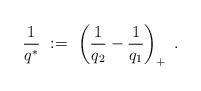
\begin{align*}\frac{1}{q^\ast} \ := \ \left(\frac{1}{q_2} - \frac{1}{q_1}\right)_+\ . \end{align*}